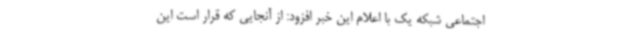
اجتماعی شبکه یک با اعلام این خبر افزود: از آنجایی که قرار است این